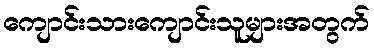
ကျောင်းသားကျောင်းသူများအတွက်